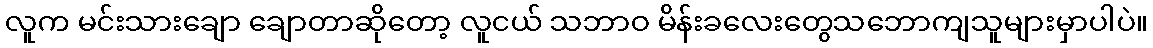
လူက မင်းသားချော ချောတာဆိုတော့ လူငယ် သဘာဝ မိန်းခလေးတွေသဘောကျသူများမှာပါပဲ။